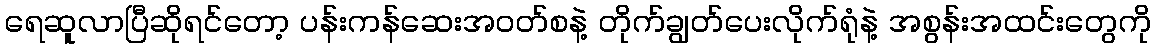
ရေဆူလာပြီဆိုရင်တော့ ပန်းကန်ဆေးအဝတ်စနဲ့ တိုက်ချွတ်ပေးလိုက်ရုံနဲ့ အစွန်းအထင်းတွေကို